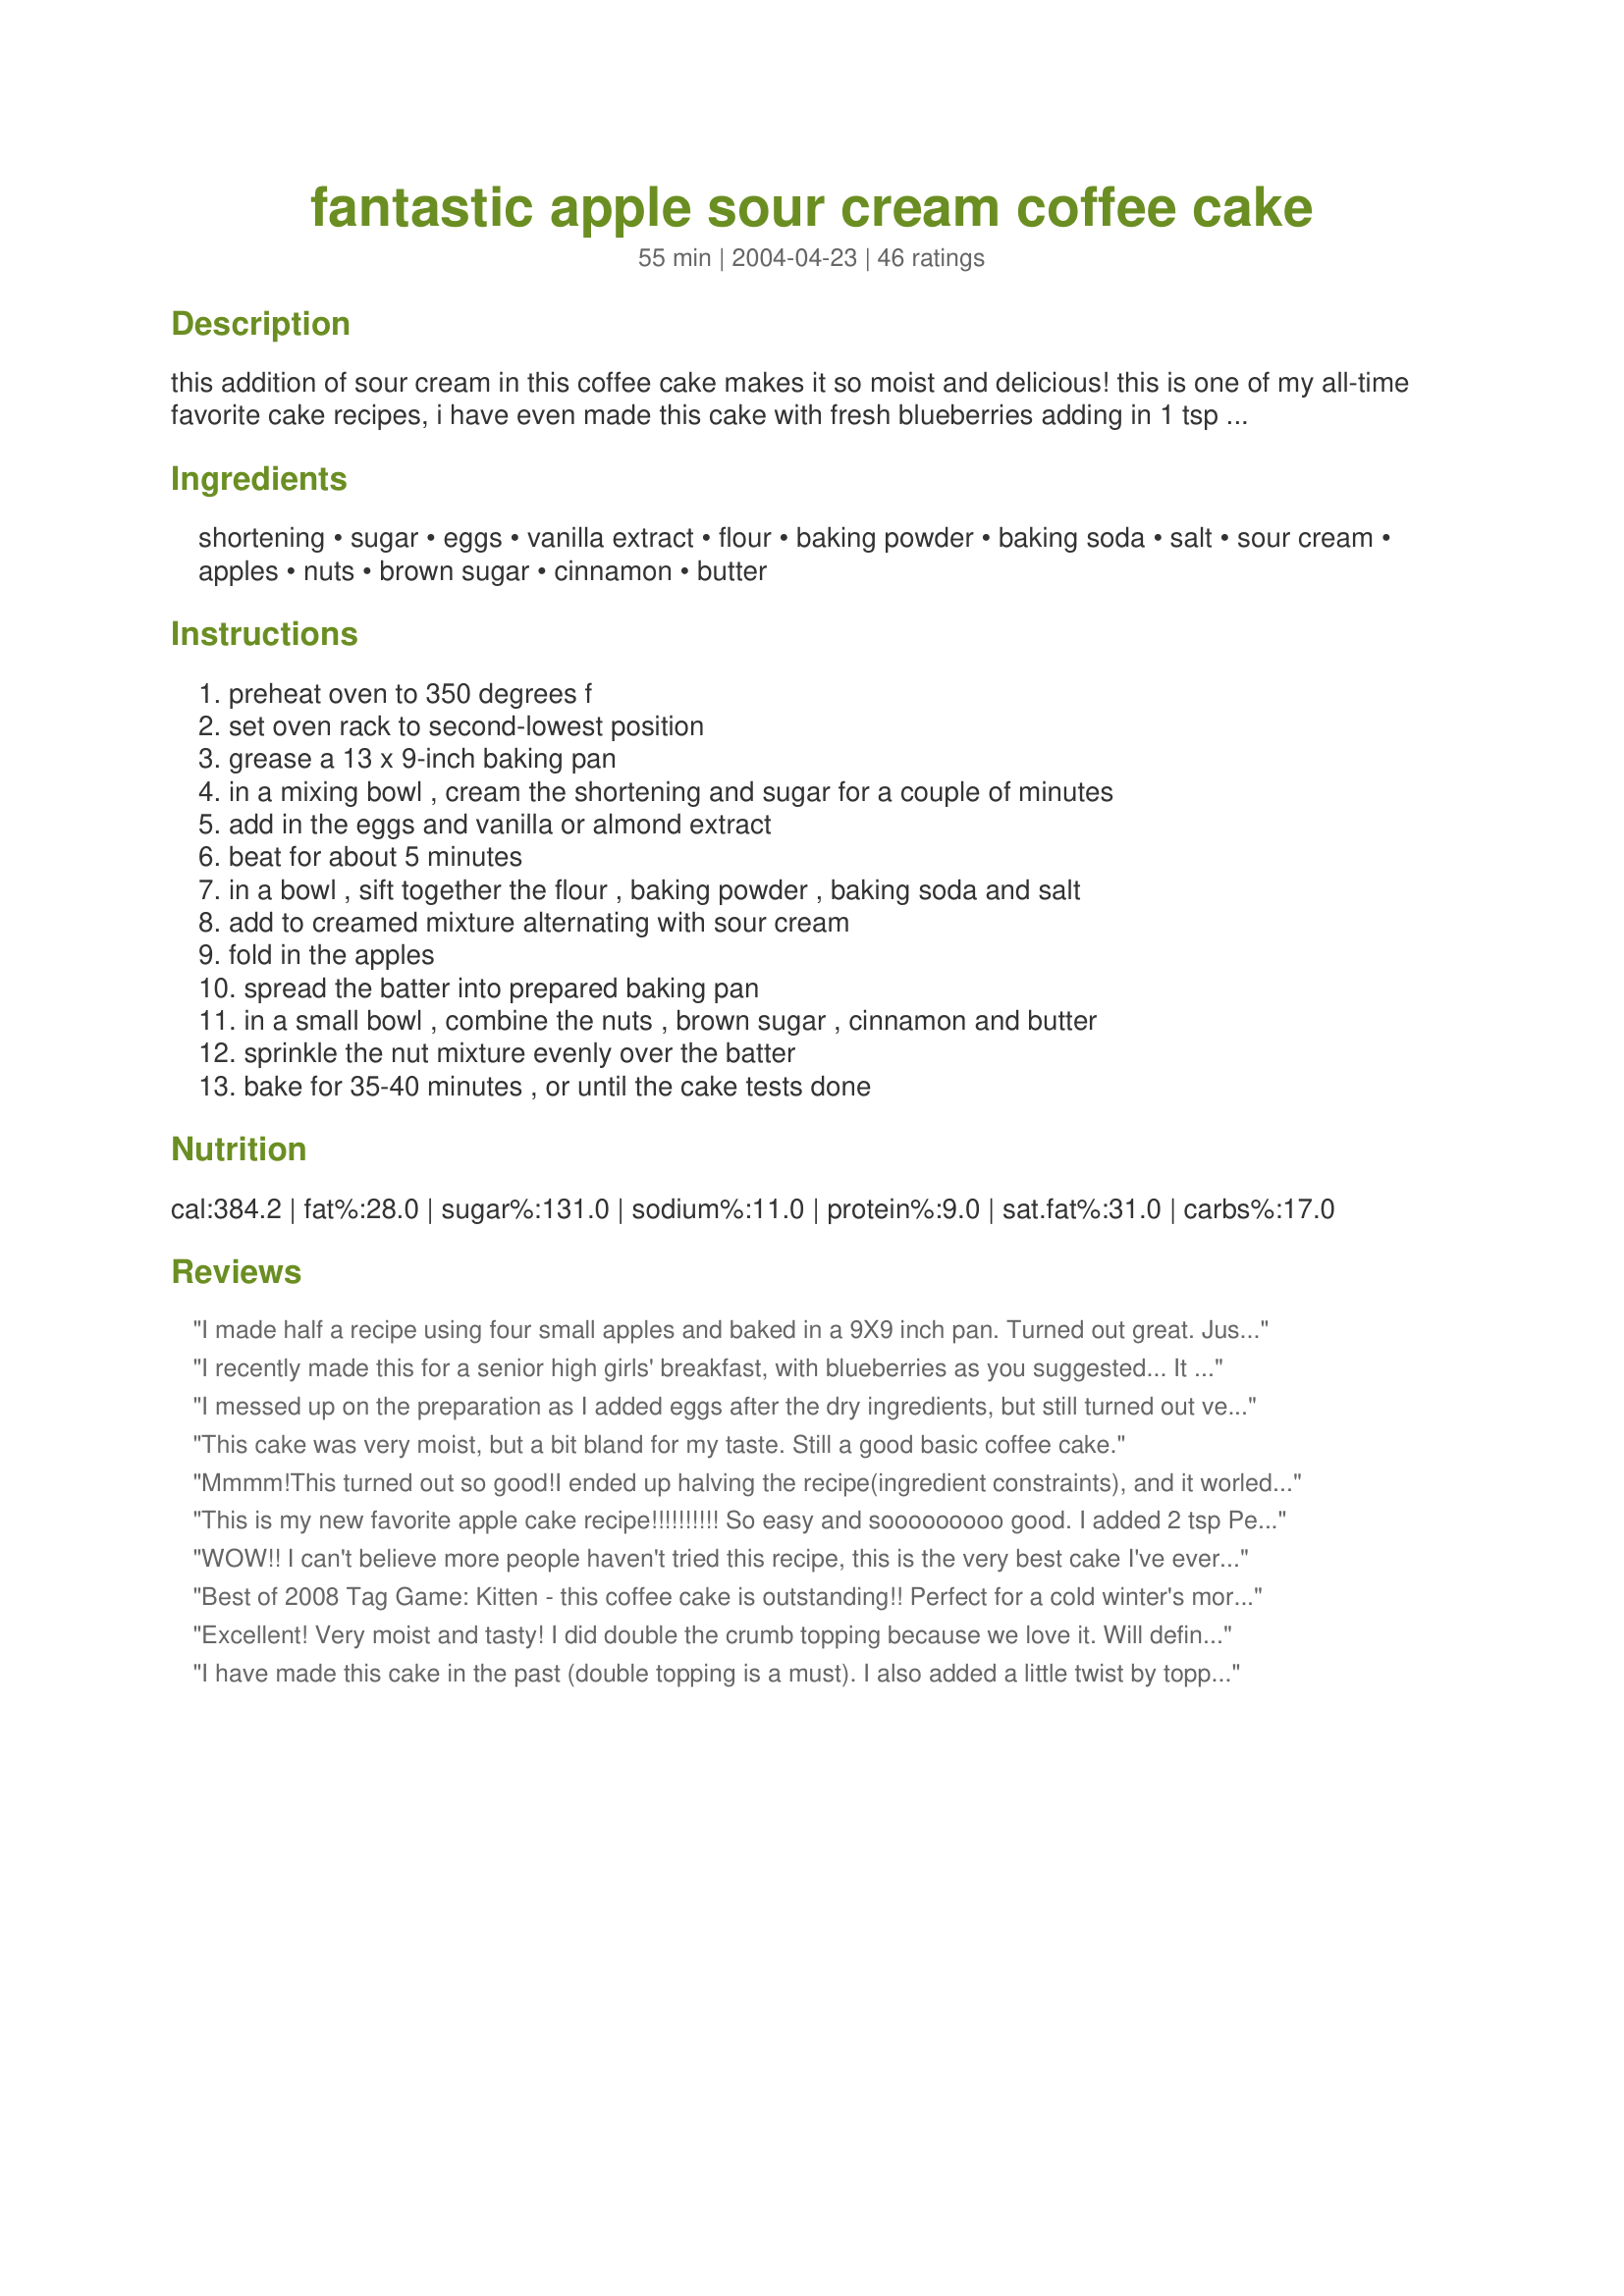
fantastic apple sour cream coffee cake
Preparation time: 55 minutes

this addition of sour cream in this coffee cake makes it so moist and delicious! this is one of my all-time favorite cake recipes, i have even made this cake with fresh blueberries adding in 1 tsp almond extract to replace the vanilla, or you can even add it in when using apples --- this cake is fantastic without the topping and just used as a white cake --- i usually double the brown sugar topping and spread half of the cake batter in the pan then sprinkle half of the topping then top with remaining batter, the batter will not really cover the topping mix if you are using a 13x9-inch pan but not to worry it will bake together just fine and besides you will be sprinkling the remaining batter on top anyway! --- serve this with whipped cream or ice cream, *so* delicious!

Ingredients:
shortening, sugar, eggs, vanilla extract, flour, baking powder, baking soda, salt, sour cream, apples, nuts, brown sugar, cinnamon, butter

Steps:
preheat oven to 350 degrees f, set oven rack to second-lowest position, grease a 13 x 9-inch baking pan, in a mixing bowl , cream the shortening and sugar for a couple of minutes, add in the eggs and vanilla or almond extract, beat for about 5 minutes, in a bowl , sift together the flour , baking powder , baking soda and salt, add to creamed mixture alternating with sour cream, fold in the apples, spread the batter into prepared baking pan, in a small bowl , combine the nuts , brown sugar , cinnamon and butter, sprinkle the nut mixture evenly over the batter, bake for 35-40 minutes , or until the cake tests done

Reviews:
I made half a recipe using four small apples and baked in a 9X9 inch pan. Turned out great. Just had a small corner while it was still warm. WOW!
I recently made this for a senior high girls' breakfast, with blueberries as you suggested... It turned out great, and I will definitely make it again, but will reduce the bake time, as the cake got just a little over-done at 35 minutes. Otherwise, the texture was superb and the crunchy topping sublime! Next time I'll try apples... Thanks!
I messed up on the preparation as I added eggs after the dry ingredients, but still turned out very very good....I used splenda for baking.
This cake was very moist, but a bit bland for my taste. Still a good basic coffee cake.
Mmmm!This turned out so good!I ended up halving the recipe(ingredient constraints), and it worled out just fine.Super moist and perfect with a cup of coffee!Thanks for posting!
This is my new favorite apple cake recipe!!!!!!!!!! So easy and sooooooooo good. I added 2 tsp Penzey Apple Pie Spice to the batter and skipped the topping.
WOW!! I can't believe more people haven't tried this recipe, this is the very best cake I've ever made! It's moist and delicious. I doubled the toppings and spread part of it over half the batter like you suggested and used extra apples because we have an overloaded tree. This is a keeper for sure! Thanks for sharing this great recipe Kitten!
Best of 2008 Tag Game: Kitten - this coffee cake is outstanding!! Perfect for a cold winter's morning!! Thank you for sharing!
Excellent! Very moist and tasty! I did double the crumb topping because we love it. Will definitely make again. Yum!
I have made this cake in the past (double topping is a must). I also added a little twist by topping it off with some caramel topping made from melted Werthers mixed with a little cream. We had it for a desert with some vanilla ice cream on the side and company loved it.
Excellent. I used fat-free plain yogurt instead of sour cream and added some nutmeg, and it turned out great. Thanks for sharing!
I made this for my bible study group last Sat. night. Everybody loved this cake. Four of us were not able to make it so those that did had two pieces! Made it with Gala apples that were on sale. I think next time, and there will be a "next time", I'll increase the topping. Thank you Kittencal for a fantastic recipe!
Absolutely delicious! My family loved it! I substituted lowfat yogurt for the sour cream and butter for the shortening. It came out perfect and yummy!
Thanks for sharing this recipe!
really good. thank you.&lt;br/&gt;i used butter instead of crisco. and honey in place of most of the sugar. i also used whole wheat pastry flour.&lt;br/&gt;followed the steps as listed.&lt;br/&gt;and this coffee cake rocked! i took it to an apple themed potluck and it was gone quickly.&lt;br/&gt;THANK YOU!!!!!
Very good! I doubled the amount of apples because I had to use them up, and it still turned out really nice.
I followed sweetchocolate's advice and doubled the topping and spread some in the middle too, as I love nuts, otherwise followed the recipe and it came out moist, and simply delicious! If your looking for a great coffee cake, look no further and try this one! Yum Yummm!
Another "over the top" recipe from Kitten.... As other reviewers have said the texture is perfect and I love her detailed directions.. I also used butter and gala apples and doubled topping using half in cake.. Sure wish i could give it more than 5 stars. Thanks for sharing kitten.
I made this when we had company over and it was delicious! This is the first coffee cake I have ever baked, and it was easy but delicious.
Delish! I needed to use up some apples and this was perfect. I did as kittencal suggested and doubled the topping and sprinkle in the middle and on top. Excellent. Thank you for posting.
Awesome !!!! Just came home from a July 4th party and this cake was a hit!
mhhh.very soft and delicious,I was out of shortening so I used Butter instead and it worked out well.<br/>I saw the double-crusting-Tip and tried it.Mhhh yummi.<br/>Update: I made this cake a lot of times now, and it is often wanted from family and friends and every time it is fast gone, turned out perfect every time as well. Thanks again for sharing!
I needed a fast and easy crumb cake for last minute guests and this cake fit the bill. Cut recipe in half and baked the cake in a 7" tube pan. (It overflowed a little but that's okay.) The apples were shredded rather than chopped because I prefer the texture better that way. Recipe delivered as promised: moist and delicious. Served with chai tea and everyone was happy. Thanks for posting.
Very yummy coffee cake. I did double the topping and put half in the middle of the coffee cake. I did cook it a little longer then the directions. thank you for sharing your recipe.
Very good!It is very moist,even after a few days.I made one 11 x 7 pan and put half in the freezer.I used margarine and Gala apples.I only needed 2 apples to make 2 cups,they were quite big.I omitted the nuts.Thanks for the great recipe.
This coffee cake is very moist and tasty. The addition of apples is subtle, which I like. The only thing I did differently is double the topping and I'm glad I did because it's so good. Mine was baked just right in 35 minutes.
Best cake ever! Light, pluffy, not too sweet. I substituted the sour cream with yogurt. My family who cannot handle sweets LOVED it. I also made it as a cupcake.
This is one of my family favourite apple cakes we all enjoy. I use plain fat-free yogurt as a substitute for the sour cream. This cake is such a delight!
This is really good. One thing though, I wish I had put some lemon juice or something in with the apples because the following day they had turned black and weren't too appetizing, lol. I forgot to layer the topping, but it was still very tasty!
Wonderful cake! I make it without the brown sugar topping and sprinkle powder sugar on it instead. Either way it's yummy.
My fiance made this last night, and we really enjoyed it. Very light for a coffee cake, not heavy at all. And delicious! Def double the topping and use half inside. MMM good!
This is my very first from scratch cake. Upon first bite, I was looking around for somebody to slap because it tasted so good!! LOL! I didn't have shortening, so used butter. I doubled the topping (with chopped walnuts) and spread some in the middle, as well. Also only had one big apple, but once chopped, it was pretty close to 2 cups. The only other change was use of 3/4 cup of sugar which was plenty sweet. Moist, crunchy and outstanding when warm! Yum-O!
Well it&#039;s gotten to the point at my house where when I tell my husband the recipe is from Kittencal, he says &quot;Oh, good.&quot; You&#039;re a household name here. This was fantastic. I wasn&#039;t planning to make adjustments, but I discovered after I already started that I had no shortening or baking soda. I used a stick of unsalted butter for the shortening, and after perusing the internet, I used double the baking powder in place of the soda. It still turned out amazing. I used apples that I had frozen a couple of weeks ago and it still turned out great. My husband is chowing down on it as we speak.
Delicious, again! I used 6 small apples (because I have a TON right now). That proved to be an issue, too much moisture. The cake took about 50 min. instead of 35. I added 1/4 tsp. cinnamon, a pinch of nutmeg, and a pinch of cloves to the dry ingredients as I sifted them. Such a good texture. I can't wait to play around with it some more! Thanks Kittencal! I'm becoming a devote follower!
Delist!
what an incredible recipe. i followed it exactly, glad for the clarification from other reviewers about the amount of apple to use(2 cups), made it in a bundt pan, doubled the topping, put some in the bottom of the bundt pan, another portion in the middle of the batter and the rest on the "top" of the cake batter. cooked it for 40 minutes and it came out perfect.<br/>delicious!! my 16 yo son literally ate the whole cake over two days.
I baked as written with the addition of extra topping as suggested. The taste of the cake was wonderful, however, the texture was too moist, as though it was not thoroughly baked despite being baked completely. I think I may have added too many apples, as they vary in size and the 4 I used yielded quite a bit of apples, I think that 2 large apples would have sufficed and changed the texture completely (for the better) while keeping the apple flavor in tact. I baked for 60 minutes which is when the toothpick came out clean. I will try again with less apples.
This coffee cake was very moist and tender. I used Gala apples and butter for the shortening. I omitted the butter in the topping and increased the cinnamon to 2 tsps. Since I didn't have sour cream, I also substituted vanilla yogurt. This recipe is a keeper!!
Kittencal does it again! I subbed whole wheat pastry flour for the white, used 1 tsp vanilla &amp; 1/2 tsp almond flavoring &amp; grated the apples. This is a moist &amp; flavorful cake. Perfect with a cup of espresso on a rainy day.
This cake was very MOIST ~~~ I didn't change a thing made it exactly like it's posted. I made mine with Granny Smith apples. I will be making this one again it's added to my cookbook. AWESOME.... Thanks for posting :)
Delicious!!! I used butter instead of shortening, 1/2 cup sugar as we don't like desserts too sweet, used 1 very large Granny Smith apple and 1 Gala,and chopped up in the food processor. I also omitted the butter in the topping and used 2 teaspoons cinnamon. Baked for 35minutes and it was perfect. Thanks for the tasty recipe Kitten!!!
I wanted a coffee cake that was not DRY. This was amazingly moist and delicious. Definitely double the toppings. I served this at a business open house and everyone loved it. Some begged for the recipe!
This recipe was wonderful. It was devoured. I did the whole double the topping thing and use 1/2 of it in the middle. I used 1/2 vanilla and 1/2 almond extract. Soooo good. As usual a hit recipe kittencal.
I do not know what went wrong but my cake was soggy.
This was great. Instead of 1 cup sour cream I used 1/2 apple sauce 1/2 sour cream which worked well. Also used 1 cup whole wheat flour. If I were to make this for company I'd definitely double the topping.. it was yummy!
This was a very moist (almost too moist) and delicious coffee cake. I made it as written with the exception of using margarine instead of shortening. It took longer than 40 minutes to bake in my oven and even then, I had difficulty figuring out when it was done as I didn't want it to dry out. Overall, a very good cake served at a morning ladies get together.
This is a deliciously moist and tasty cake. I followed the directions exactly and it came out perfect the first time. I am bringing it to a potluck tonight, and will definitely be making it again.
